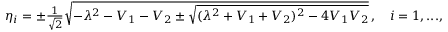
\begin{array} { r } { \eta _ { i } = \pm \frac { 1 } { \sqrt { 2 } } \sqrt { - \lambda ^ { 2 } - V _ { 1 } - V _ { 2 } \pm \sqrt { ( \lambda ^ { 2 } + V _ { 1 } + V _ { 2 } ) ^ { 2 } - 4 V _ { 1 } V _ { 2 } } } \, , \quad i = 1 , . . . , 4 \, , } \end{array}